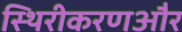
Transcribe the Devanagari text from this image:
स्थिरीकरणऔर